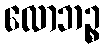
လောဘဉ္စ